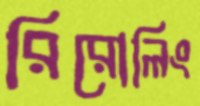
রিরোলিং